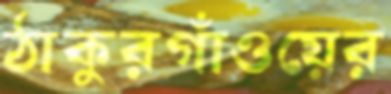
ঠাকুরগাঁওয়ের